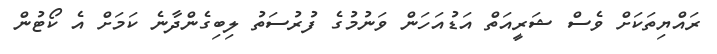
ރައްޔިތަކަށް ވެސް ޝަރީއަތް އަޑުއަހަން ވަނުމުގެ ފުރުސަތު ލިބިގެންދާނެ ކަމަށް އެ ކޯޓުން